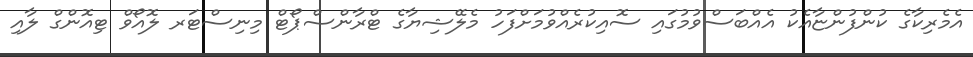
އެމެރިކާގެ ކުންފުންޏާއެކު އެއްބަސްވުމުގައި ސޮއިކުރެއްވުމަށްފަހު މެލޭޝިޔާގެ ޓްރާންސްޕޯޓް މިނިސްޓަރ ލޮއޯވް ޓިއޮންގް ލާއި